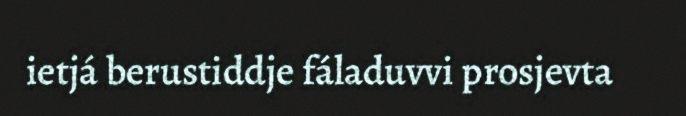
ietjá berustiddje fáladuvvi prosjevta